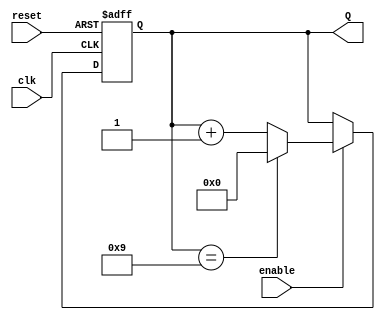
module decade_counter (
    input wire clk,           // Clock input
    input wire reset,         // Asynchronous reset input
    input wire enable,        // Enable input
    output reg [3:0] Q        // 4-bit output representing the count
);

// Asynchronous reset and counting logic
always @(posedge clk or posedge reset) begin
    if (reset) begin
        Q <= 4'b0000;         // Reset the counter to 0
    end else if (enable) begin
        if (Q == 4'b1001) begin // If count is 9 (1001 in binary)
            Q <= 4'b0000;     // Reset to 0
        end else begin
            Q <= Q + 1;       // Increment the count
        end
    end
end

endmodule